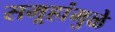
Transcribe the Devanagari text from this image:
समूहांमुळे